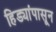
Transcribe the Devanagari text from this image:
हिड्यांपासून